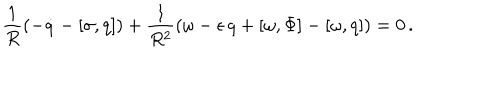
LaTeX: \frac { 1 } { R } ( - \dot { q } - [ \sigma , q ] ) + \frac { 1 } { R ^ { 2 } } ( \omega - \epsilon \, q + [ \omega , \Phi ] - [ \omega , q ] ) = 0 \, .